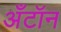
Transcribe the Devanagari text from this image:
अँटॉन